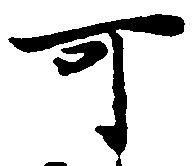
可